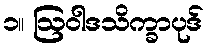
၁။ ဩဝါဒသိက္ခာပုဒ်